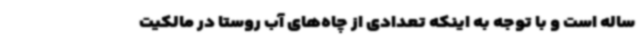
ساله است و با توجه به اینکه تعدادی از چاه‌های آب روستا در مالکیت